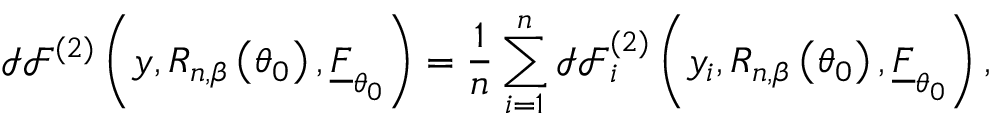
\mathcal { I F } ^ { ( 2 ) } \left( \boldsymbol { y } , R _ { n , \beta } \left( \boldsymbol { \theta } _ { 0 } \right) , \underline { { F } } _ { \boldsymbol { \theta } _ { 0 } } \right) = \frac { 1 } { n } \sum _ { i = 1 } ^ { n } \mathcal { I F } _ { i } ^ { ( 2 ) } \left( y _ { i } , R _ { n , \beta } \left( \boldsymbol { \theta } _ { 0 } \right) , \underline { { F } } _ { \boldsymbol { \theta } _ { 0 } } \right) ,